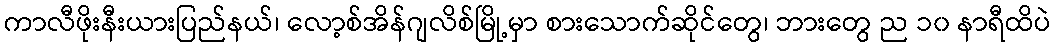
ကာလီဖိုးနီးယားပြည်နယ်၊ လော့စ်အိန်ဂျလိစ်မြို့မှာ စားသောက်ဆိုင်တွေ၊ ဘားတွေ ည ၁၀ နာရီထိပဲ